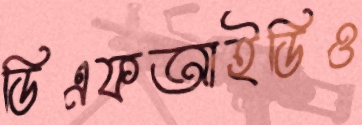
ডিএফআইডিও